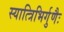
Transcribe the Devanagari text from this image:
स्यात्त्रिभिर्गुणैः